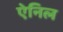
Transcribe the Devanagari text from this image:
ऐनिल